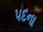
પદના